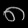
Digit: ၈